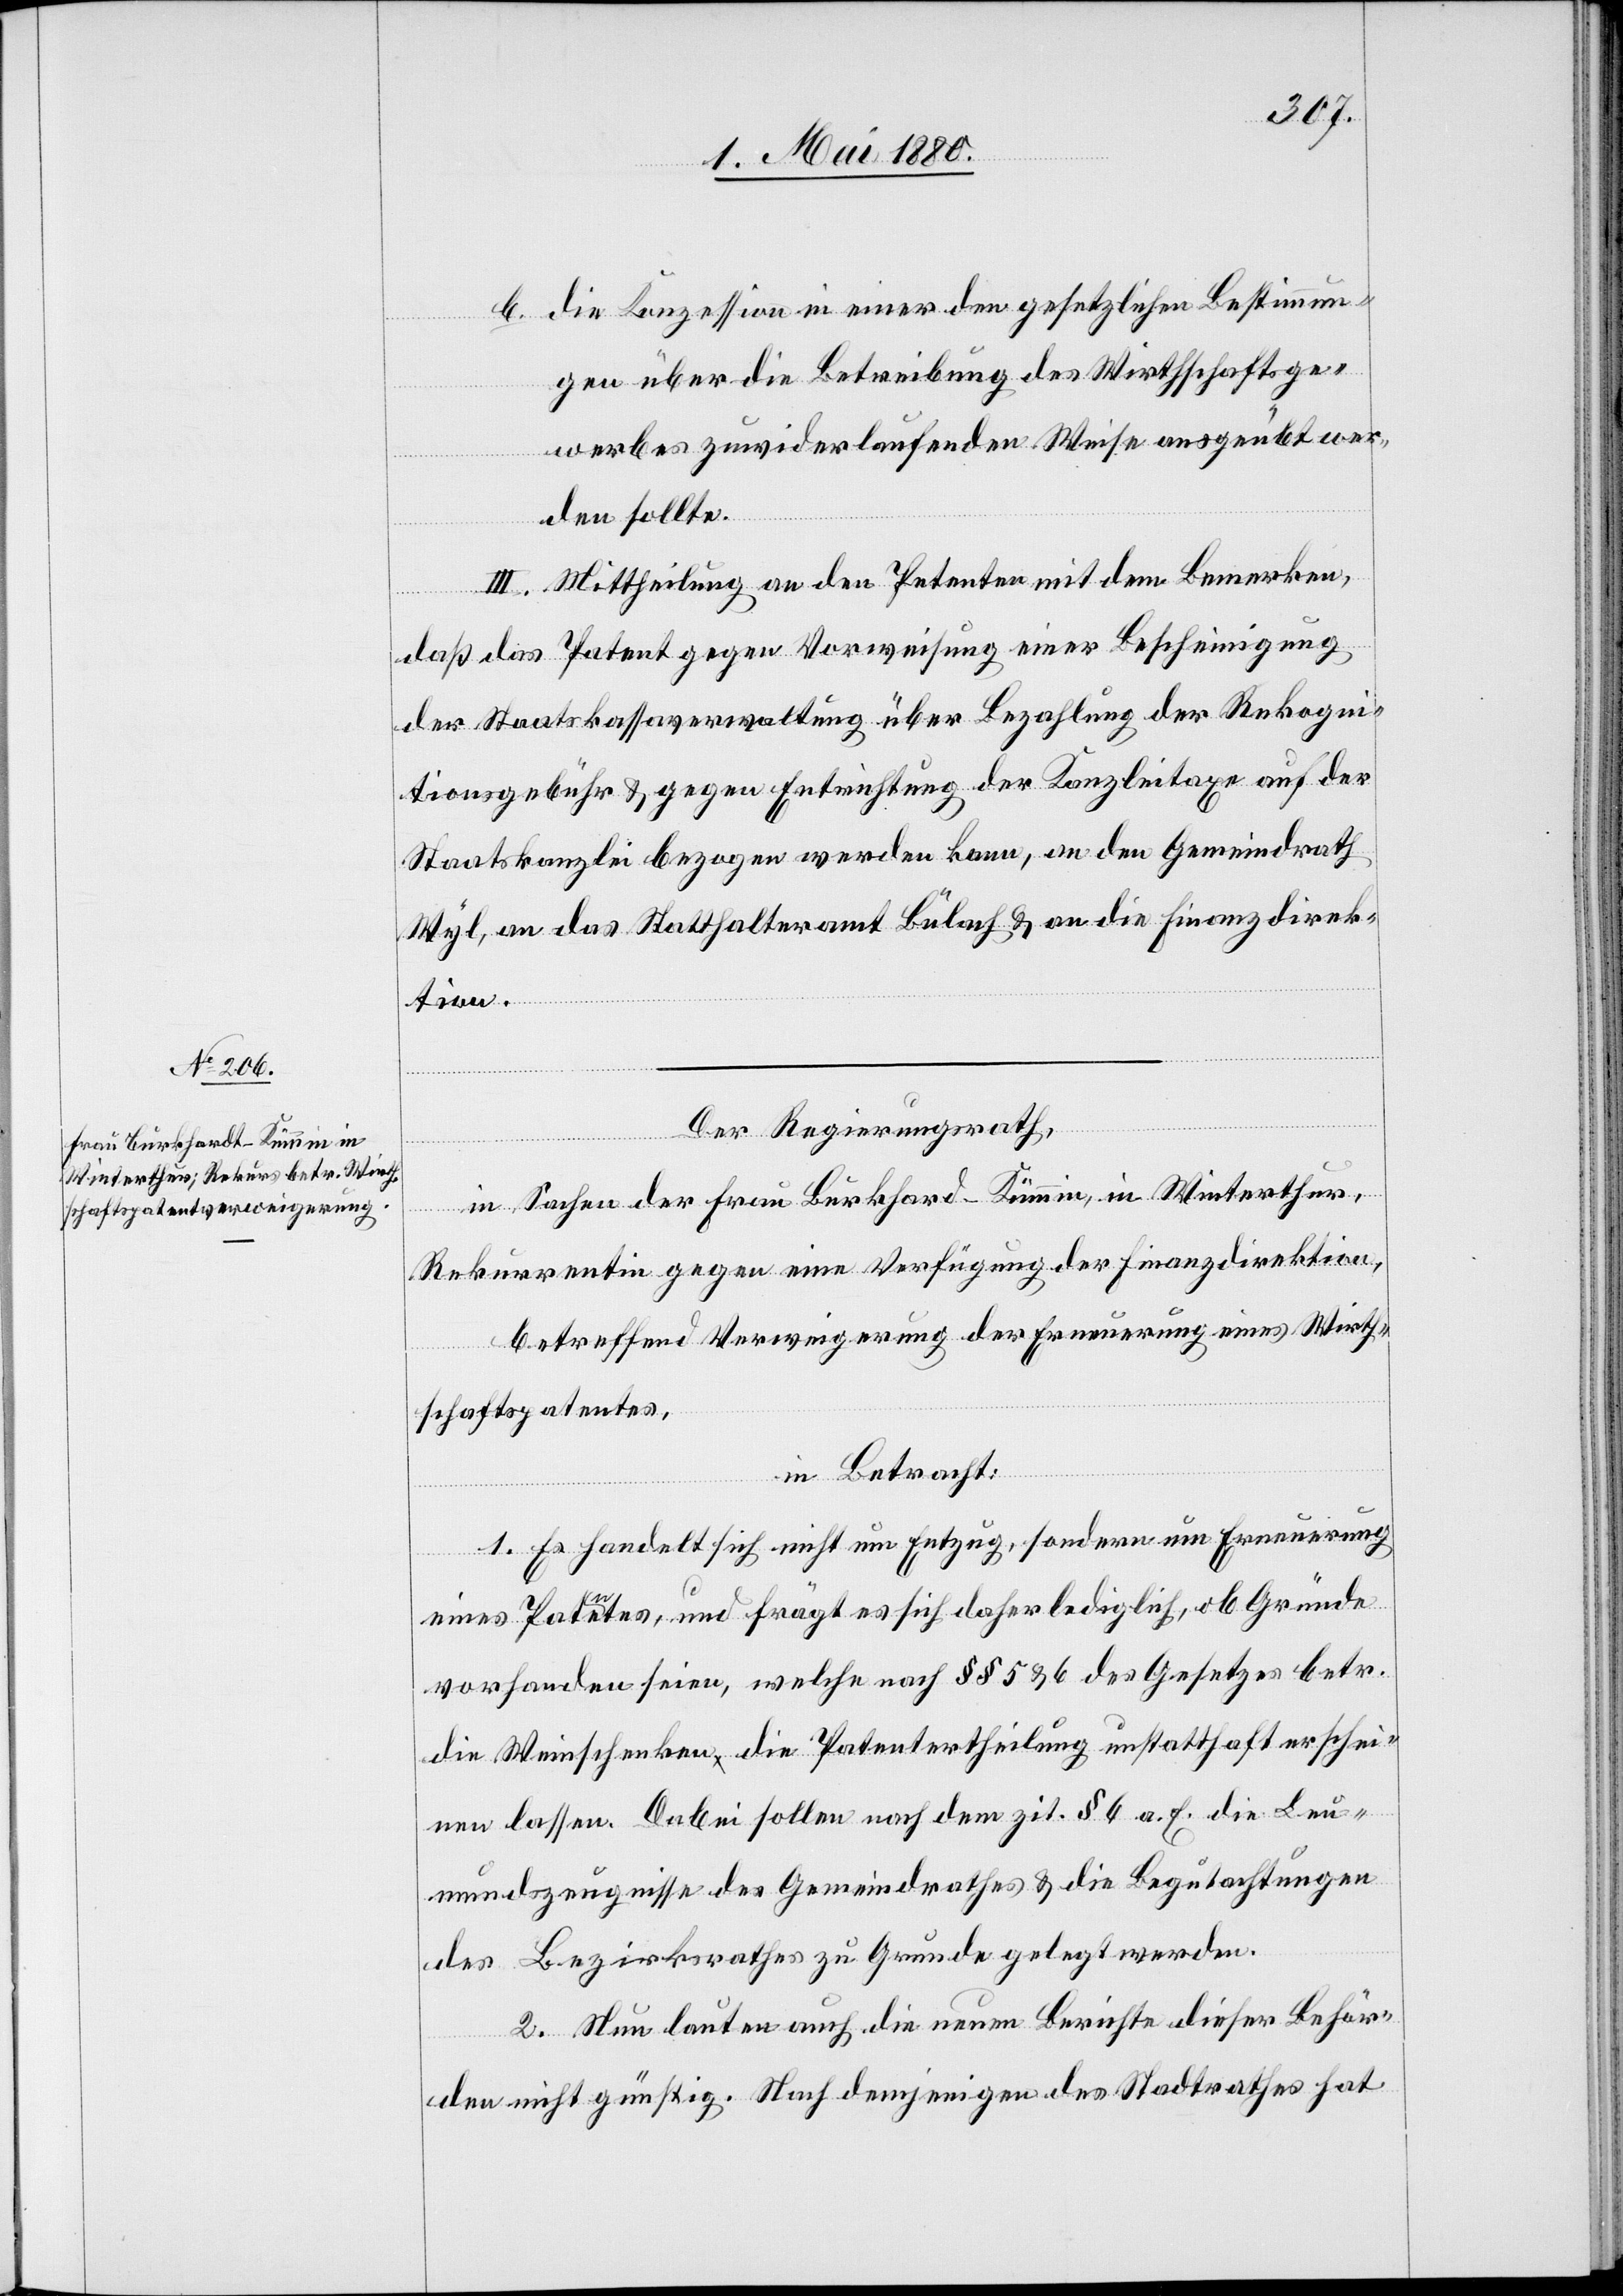
b. die Konzession in einer den gesetzlichen Bestimmun¬
gen über die Betreibung des Wirthschaftsge¬
werbes zuwiderlaufenden Weise ausgeübt wer¬
den sollte.
III. Mittheilung an den Petenten mit dem Bemerken,
daß das Patent gegen Vorweisung einer Bescheinigung
der Staatskassaverwaltung über Bezahlung der Rekogni¬
tionsgebühr & gegen Entrichtung der Kanzleitaxe auf der
Staatskanzlei bezogen werden kann, an den Gemeindrath
Wyl, an das Statthalteramt Bülach & an die Finanzdirek¬
tion.
Der Regierungsrath,
in Sachen der Frau Burkhard-Kümmin [sic!], in Winterthur,
Rekurrentin gegen eine Verfügung der Finanzdirektion,
betreffend Verweigerung der Erneuerung eines Wirth¬
schaftspatentes,
in Betracht:
1. Es handelt sich nicht um Entzug, sondern um Erneuerung
eines Patentes, und frägt es sich daher lediglich, ob Gründe
vorhanden seien, welche nach §§ 5 & 6 des Gesetzes betr.
die Weinschenken die Patentertheilung unstatthaft erschei¬
nen lassen. Dabei sollen nach dem zit. § 6 a. E. die Leu¬
mundszeugnisse des Gemeindrathes & die Begutachtungen
des Bezirksrathes zu Grunde gelegt werden.
2. Nun lauten auch die neuen Berichte dieser Behör¬
den nicht günstig. Nach demjenigen des Stadtrathes hat